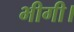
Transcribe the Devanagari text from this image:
भीगी।